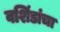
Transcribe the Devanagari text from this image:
वशिंडांचा